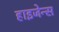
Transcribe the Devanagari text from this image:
हाइजेन्स